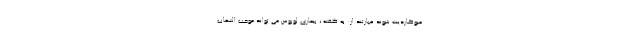
میوکاردیت شوند عبارتند از: به گفته ، بیماری لوپوس می تواند موجب التهاب